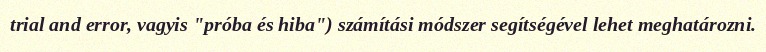
trial and error, vagyis "próba és hiba") számítási módszer segítségével lehet meghatározni.